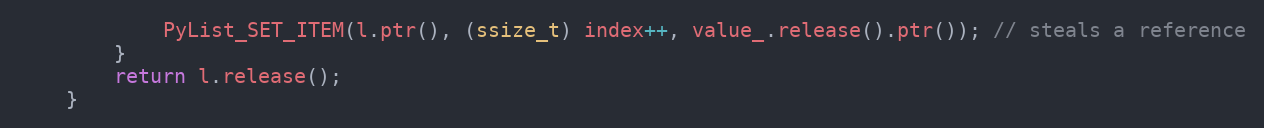
Language: C
            PyList_SET_ITEM(l.ptr(), (ssize_t) index++, value_.release().ptr()); // steals a reference
        }
        return l.release();
    }